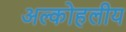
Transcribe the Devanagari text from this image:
अल्कोहलीय